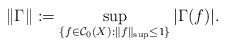
LaTeX: \begin{align*}\|\Gamma\|:=\sup_{\{f\in\mathcal{C}_0(X):\|f\|_{\sup}\le 1\}}|\Gamma(f)|. \end{align*}